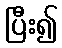
ပြီး၍